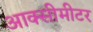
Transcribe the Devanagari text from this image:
आक्सीमीटर